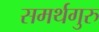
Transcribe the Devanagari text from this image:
समर्थगुरु